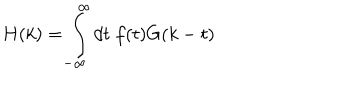
LaTeX: H ( k ) = \int _ { - \infty } ^ { \infty } d t \; f ( t ) G ( k - t )